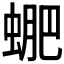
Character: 𧌳